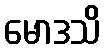
မောဒသိ